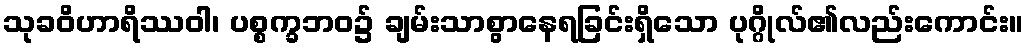
သုခဝိဟာရိဿဝါ၊ ပစ္စက္ခဘဝ၌ ချမ်းသာစွာနေရခြင်းရှိသော ပုဂ္ဂိုလ်၏လည်းကောင်း။